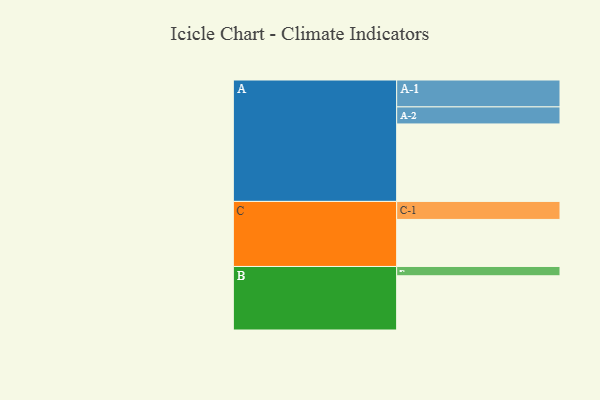
{"axis": {"x": "Segment", "y": "Value"}, "legend": ["", "A", "B", "C"], "data": [{"x": "A", "y": 550, "type": ""}, {"x": "B", "y": 385, "type": ""}, {"x": "C", "y": 334, "type": ""}, {"x": "A-1", "y": 191, "type": "A"}, {"x": "A-2", "y": 121, "type": "A"}, {"x": "B-1", "y": 66, "type": "B"}, {"x": "C-1", "y": 128, "type": "C"}]}